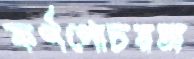
কর্ণগোচরঅ